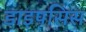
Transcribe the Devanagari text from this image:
डाइपसिस